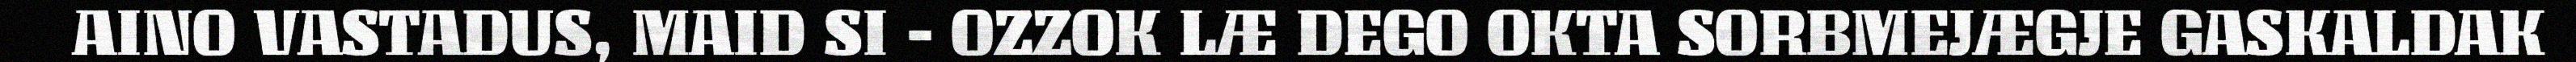
AINO VASTADUS, MAID SI - OZZOK LÆ DEGO OKTA SORBMEJÆGJE GASKALDAK